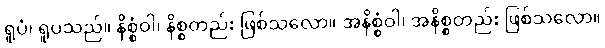
ရူပံ၊ ရူပသည်။ နိစ္စံဝါ၊ နိစ္စတည်း ဖြစ်သလော။ အနိစ္စံဝါ၊ အနိစ္စတည်း ဖြစ်သလော။